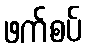
ဖက်စပ်